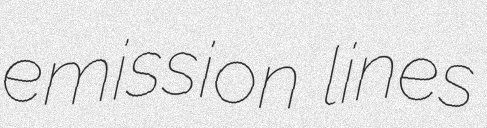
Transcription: emission lines